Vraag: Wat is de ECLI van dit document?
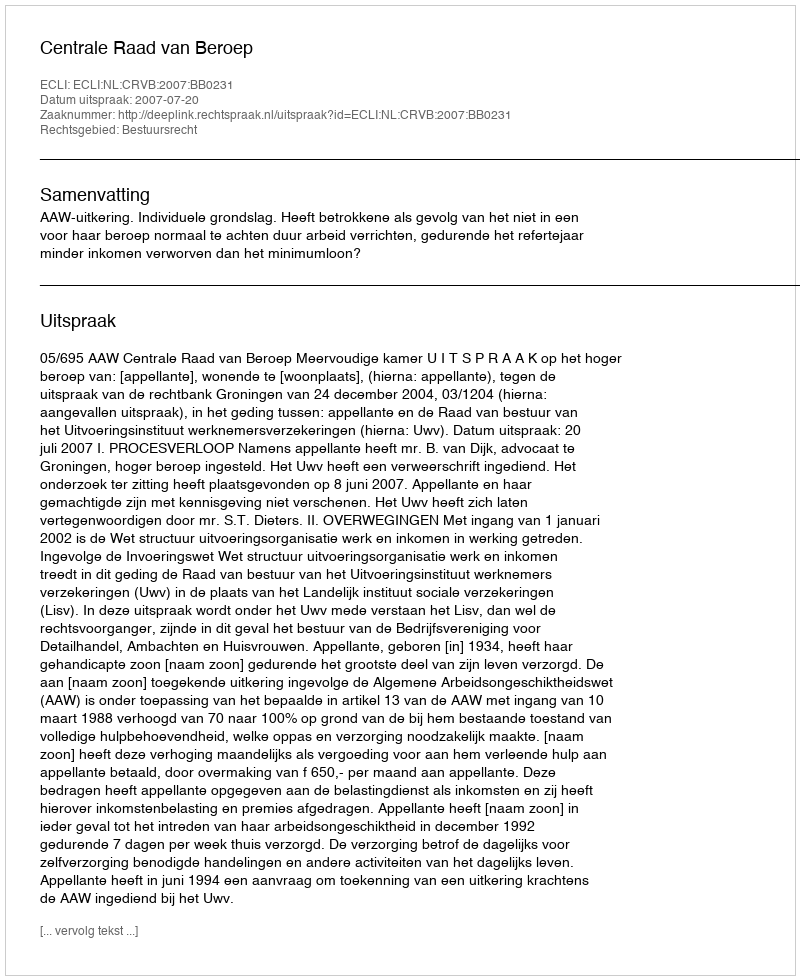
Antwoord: ECLI:NL:CRVB:2007:BB0231